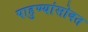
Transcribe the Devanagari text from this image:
पाहुण्यांसोबत